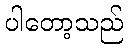
ပါတော့သည်